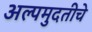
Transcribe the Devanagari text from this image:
अल्पमुदतीचे